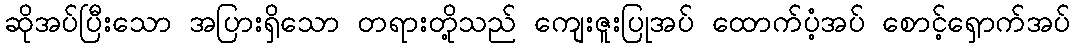
ဆိုအပ်ပြီးသော အပြားရှိသော တရားတို့သည် ကျေးဇူးပြုအပ် ထောက်ပံ့အပ် စောင့်ရှောက်အပ်